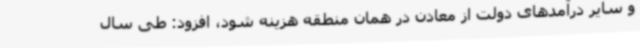
و سایر درآمدهای دولت از معادن در همان منطقه هزینه شود، افزود: طی سال